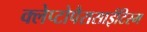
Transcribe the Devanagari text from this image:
क्लेप्टोपैरासाईटिस्म